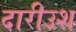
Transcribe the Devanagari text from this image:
दारीउश